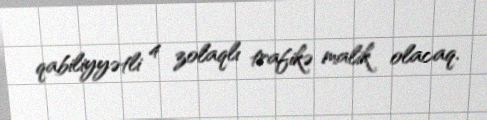
qabiliyyətli 4 zolaqlı trafikə malik olacaq.